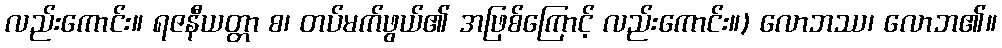
လည်းကောင်း။ ရဇနီယတ္တာ စ၊ တပ်မက်ဖွယ်၏ အဖြစ်ကြောင့် လည်းကောင်း။) လောဘဿ၊ လောဘ၏။